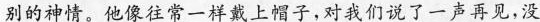
别的神情。他像往常一样戴上帽子,对我们说了一声再见,没